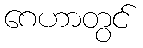
ဂေဟာတွင်